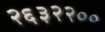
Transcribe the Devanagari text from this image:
२६३२२००